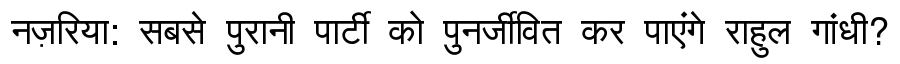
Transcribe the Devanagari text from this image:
नज़रिया: सबसे पुरानी पार्टी को पुनर्जीवित कर पाएंगे राहुल गांधी?